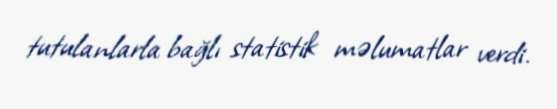
tutulanlarla bağlı statistik məlumatlar verdi.